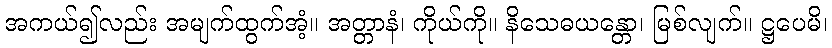
အကယ်၍လည်း အမျက်ထွက်အံ့။ အတ္တာနံ၊ ကိုယ်ကို။ နိသေဓယန္တော၊ မြစ်လျက်။ ဋ္ဌပေမိ၊